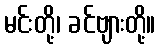
မင်းတို့၊ ခင်ဗျားတို့။